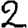
Digit: 2